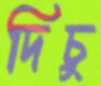
দিচু